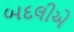
બદલીએ